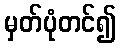
မှတ်ပုံတင်၍